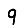
Digit: 9